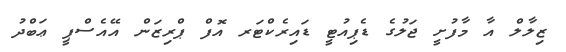
ޒިލާލް އާ މާފުށީ ޖަލުގެ ޑެޕިއުޓީ ޑައިރެކްޓަރ އޮފް ޕްރިޒަން އޭއެސްޕީ ޢަބްދު